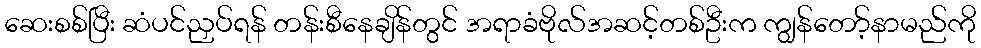
ဆေးစစ်ပြီး ဆံပင်ညှပ်ရန် တန်းစီနေချိန်တွင် အရာခံဗိုလ်အဆင့်တစ်ဦးက ကျွန်တော့်နာမည်ကို